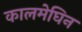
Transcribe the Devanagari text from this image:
कालमेघिन